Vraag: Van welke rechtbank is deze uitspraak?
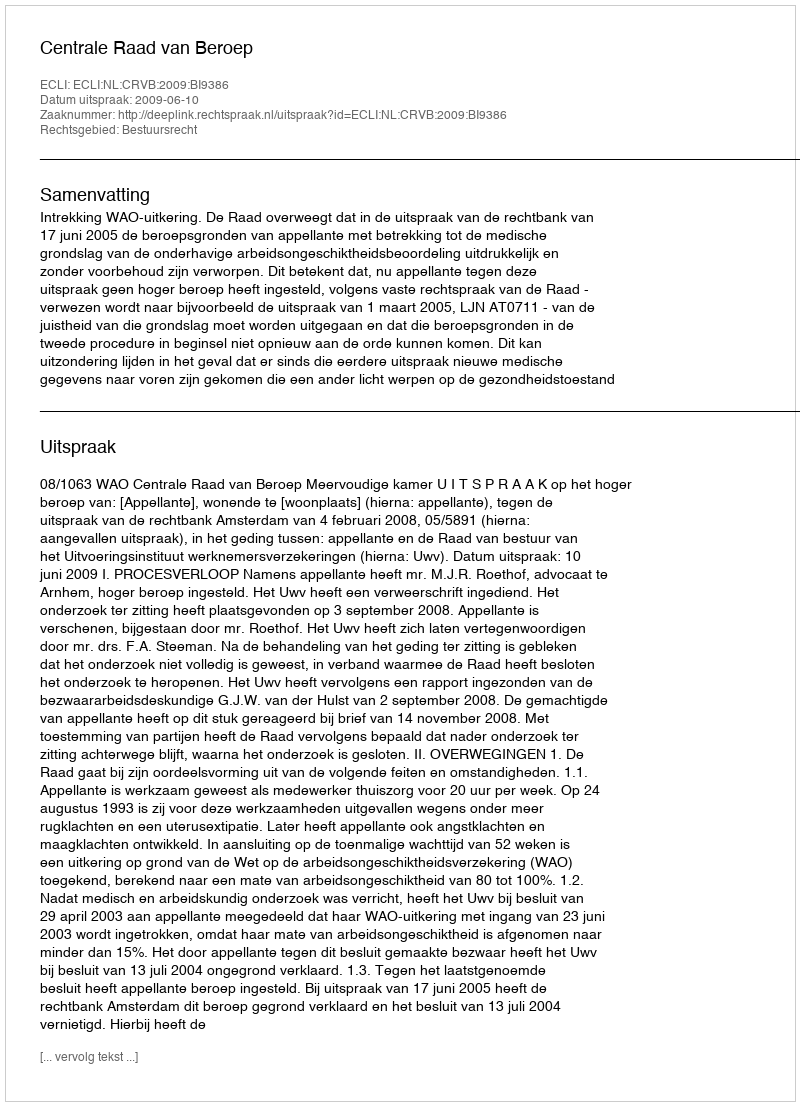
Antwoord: Centrale Raad van Beroep